Lunatic asylums in Bengal annual reports 1899-1911 - 1899-1911
Year: 1899
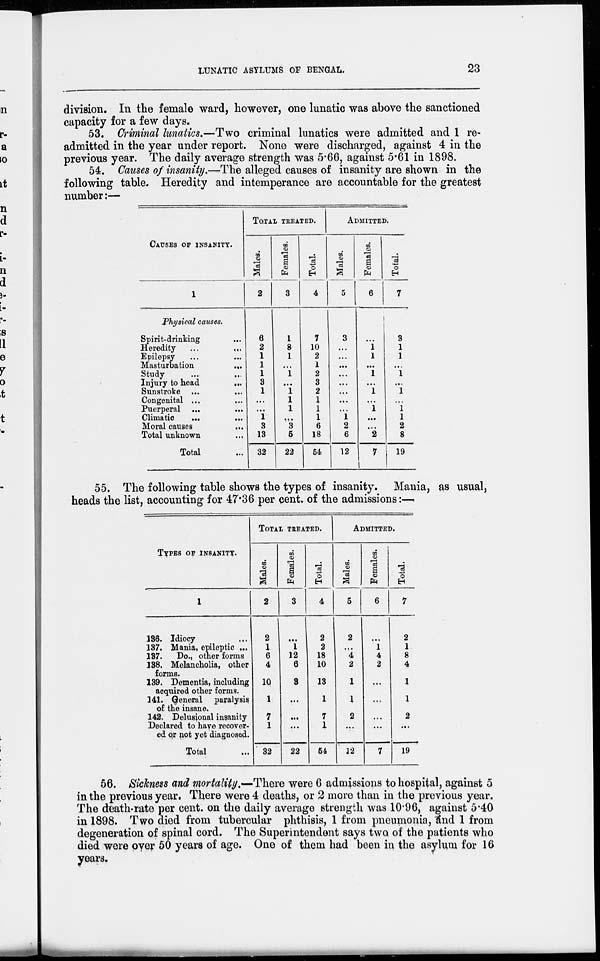
LUNATIC ASYLUMS OF BENGAL.
23
division. In the female ward, however, one lunatic was above the sanctioned
capacity for a few days.
53. Criminal lunatics.—Two criminal lunatics were admitted and 1 re-
admitted in the year under report. None were discharged, against 4 in the
previous year. The daily average strength was 5.66, against 5.61 in 1898.
54. Causes of insanity.—The alleged causes of insanity are shown in the
following table. Heredity and intemperance are accountable for the greatest
number:—
CAUSES OF INSANITY.
1
physical causes.
Spirit-drinking ...
Heredity ... ...
Epilepsy ... ...
Masturbation
...
Study
...
...
Injury to head
...
Sunstroke ... ...
Congenital ... ...
Puerperal ... ...
Climatic ... ...
Moral causes ...
Total unknown ...
Total ...
TOTAL TREATED.
Males.
2
6
2
1
1
1
3
1
...
...
1
3
13
32
Females.
3
1
8
1
...
1
...
1
1
1
...
3
5
22
Total.
4
7
10
2
1
2
3
2
1
1
1
6
18
54
ADMITTED.
Males.
5
3
...
...
...
...
...
...
...
...
1
2
6
12
Females.
6
...
1 1
...
1
...
1
...
1
...
...
2
7
Total.
7
3
1
1
...
1
...
1
...
1
1
2
8
19
55. The following table shows the types of insanity. Mania, as usual,
heads the list, accounting for 47.36 per cent. of the admissions:—
TYPES OF INSANITY.
1
136. Idiocy ...
137. Mania, epileptic ...
137.
Do., other forms
138. Melancholia, other
forms.
139. Dementia, including
acquired other forms.
141. General paralysis
of the insane.
142. Delusional insanity
Declared to have recover-
ed or not yet diagnosed.
Total ...
TOTAL TREATED.
Males.
2
2
1
6
4
10
1
7
1
32
Females.
3
...
1
12
6
3
...
...
...
22
Total.
4
2
2
18
10
13
1
7
1
54
ADMITTED.
Males.
5
2
...
4
2
1
1
2
...
22
Females.
6
...
1
4
2
...
...
...
...
7
Total.
7
2
1
8
4
1
1
2
...
19
56. Sickness and mortality.—There were 6 admissions to hospital, against 5
in the previous year. There were 4 deaths, or 2 more than in the previous year.
The death-rate per cent. on the daily average strength was 10.96, against 5.40
in 1898. Two died from tubercular phthisis, 1 from pneumonia, and 1 from
degeneration of spinal cord. The Superintendent says two of the patients who
died were over 50 years of age. One of them had been in the asylum for 16
years.